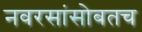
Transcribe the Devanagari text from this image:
नवरसांसोबतच